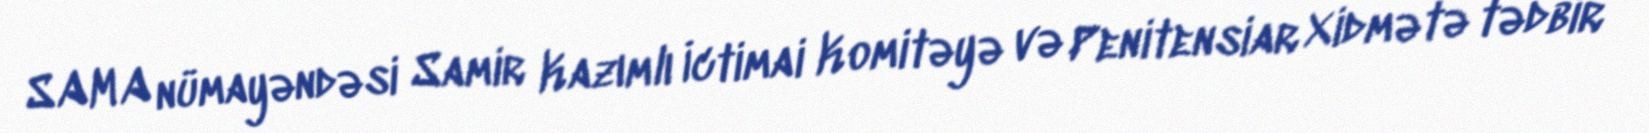
SAMA nümayəndəsi Samir Kazımlı İctimai Komitəyə və Penitensiar Xidmətə tədbir